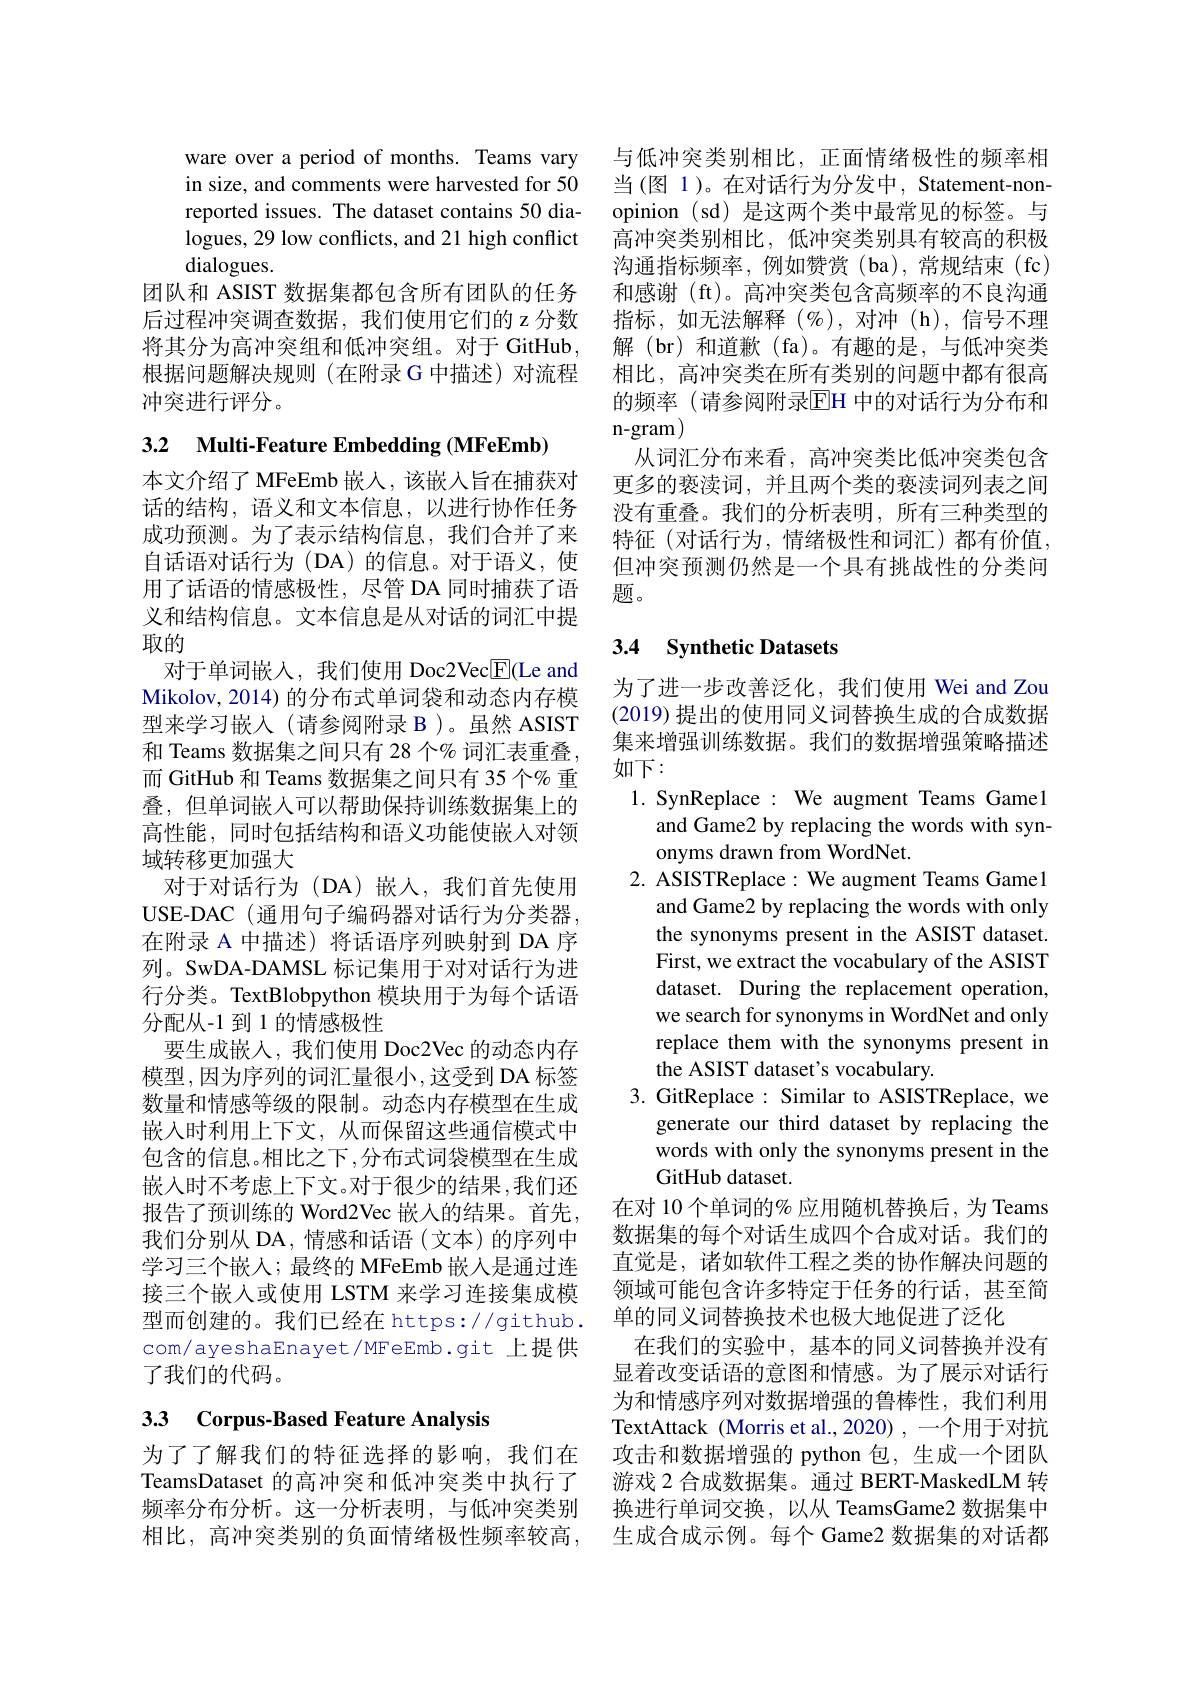
ware over a period of months. Teams vary in size, and comments were harvested for 50 reported issues. The dataset contains 50 dialogues, 29 low conflicts, and 21 high conflict dialogues.
团队和 ASIST 数据集都包含所有团队的任务后过程冲突调查数据，我们使用它们的 z 分数将其分为高冲突组和低冲突组。对于 GitHub, 根据问题解决规则(在附录 G 中描述)对流程冲突进行评分。

3.2 $\textbf{Multi- Feature Embedding ( MFeEmb) }$

本文介绍了 MFeEmb 嵌人，该嵌入旨在捕获对话的结构，语义和文本信息，以进行协作任务成功预测。为了表示结构信息，我们合并了来自话语对话行为(DA)的信息。对于语义，使用了话语的情感极性，尽管 DA 同时捕获了语义和结构信息。文本信息是从对话的词汇中提取的
对于单词嵌入，我们使用 Doc2Vec$\underline{\mathrm{E}}($Le and Mikolov, 2014) 的分布式单词袋和动态内存模型来学习嵌入(请参阅附录 B)。虽然 ASIST 和 Teams 数据集之间只有 28 个% 词汇表重叠， 而 GitHub 和 Teams 数据集之间只有 35 个% 重叠，但单词嵌入可以帮助保持训练数据集上的高性能，同时包括结构和语义功能使嵌人对领域转移更加强大
对于对话行为(DA)嵌入，我们首先使用USE-DAC (通用句子编码器对话行为分类器， 在附录 A 中描述) 将话语序列映射到 DA 序列。SwDA-DAMSL 标记集用于对对话行为进行分类。TextBlobpython 模块用于为每个话语分配从-1 到 1 的情感极性
要生成嵌入，我们使用 Doc2Vec 的动态内存模型，因为序列的词汇量很小，这受到 DA 标签数量和情感等级的限制。动态内存模型在生成嵌入时利用上下文，从而保留这些通信模式中包含的信息。相比之下，分布式词袋模型在生成嵌入时不考虑上下文。对于很少的结果，我们还报告了预训练的 Word2Vec 嵌人的结果。首先， 我们分别从 DA, 情感和话语(文本)的序列中学习三个嵌入；最终的 MFeEmb 嵌入是通过连接三个嵌入或使用 LSTM 来学习连接集成模型而创建的。我们已经在 https://github. com/ayeshaEnayet/MFeEmb.git 上提供了我们的代码。

# 33 Corpus-Based Feature Analysis

为了了解我们的特征选择的影响，我们在TeamsDataset 的高冲突和低冲突类中执行了相比，高冲突类别的负面情绪极性频率较高，

与低冲突类别相比，正面情绪极性的频率相当(图 1)。在对话行为分发中，Statement-nonopinion (sd) 是这两个类中最常见的标签。与高冲突类别相比，低冲突类别具有较高的积极沟通指标频率，例如赞赏(ba),常规结束(fc) 和感谢 (ft)。高冲突类包含高频率的不良沟通指标，如无法解释(%),对冲(h),信号不理解(br)和道歉(fa)。有趣的是，与低冲突类相比，高冲突类在所有类别的问题中都有很高的频率(请参阅附录$\overline{\mathrm{EH}}$ 中的对话行为分布和n-gram)
从词汇分布来看，高冲突类比低冲突类包含更多的亵渎词，并且两个类的亵渎词列表之间没有重叠。我们的分析表明，所有三种类型的特征(对话行为，情绪极性和词汇)都有价值， 但冲突预测仍然是一个具有挑战性的分类问题。

## 3.4 Synthetic Datasets

为了进一步改善泛化，我们使用 Wei and Zou (2019) 提出的使用同义词替换生成的合成数据集来增强训练数据。我们的数据增强策略描述如下：
1. SynReplace: We augment Teams Gamel
and Game2 by replacing the words with syn-
onyms drawn from WordNet.
2. ASISTReplace: We augment Teams Gamel
and Game2 by replacing the words with only the synonyms present in the ASIST dataset. First, we extract the vocabulary of the ASIST dataset. During the replacement operation, we search for synonyms in WordNet and only replace them with the synonyms present in the ASIST dataset's vocabulary.
3. GitReplace: Similar to ASISTReplace, we
generate our third dataset by replacing the words with only the synonyms present in the GitHub dataset.
在对 10 个单词的% 应用随机替换后，为 Teams 数据集的每个对话生成四个合成对话。我们的直觉是，诸如软件工程之类的协作解决问题的领域可能包含许多特定于任务的行话，甚至简单的同义词替换技术也极大地促进了泛化
在我们的实验中，基本的同义词替换并没有显着改变话语的意图和情感。为了展示对话行为和情感序列对数据增强的鲁棒性，我们利用TextAttack (Morris et al., 2020) , 一个用于对抗攻击和数据增强的 python 包，生成一个团队游戏 2 合成数据集。通过 BERT-MaskedLM 转
频率分布分析。这一分析表明，与低冲突类别 换进行单词交换，以从 TeamsGame2 数据集中
生成合成示例。每个 Game2 数据集的对话都